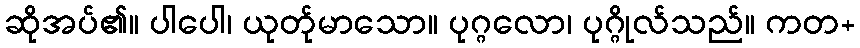
ဆိုအပ်၏။ ပါပေါ၊ ယုတ်ုမာသော။ ပုဂ္ဂလော၊ ပုဂ္ဂိုလ်သည်။ ကတ+